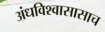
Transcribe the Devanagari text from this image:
अंधविश्वासासाच